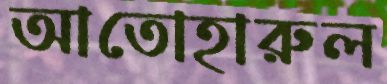
আতোহারুল